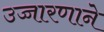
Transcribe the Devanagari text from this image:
उच्चारणाने